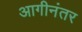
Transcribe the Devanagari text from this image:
आगीनंतर